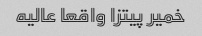
خمیر پیتزا واقعا عالیه